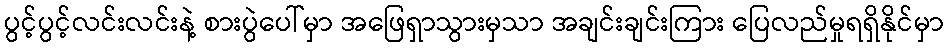
ပွင့်ပွင့်လင်းလင်းနဲ့ စားပွဲပေါ်မှာ အဖြေရှာသွားမှသာ အချင်းချင်းကြား ပြေလည်မှုရရှိနိုင်မှာ